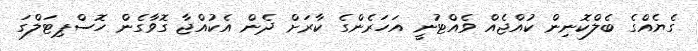
ގެޔެއްގެ ބެލްކޮނިން ކުއްޖެއް ވެއްޓުނީ އަހަރެންގެ ކާރަށް ދެން އެކުއްޖާ ގޮވާގެން ހޮސްޕިޓަލްގަ